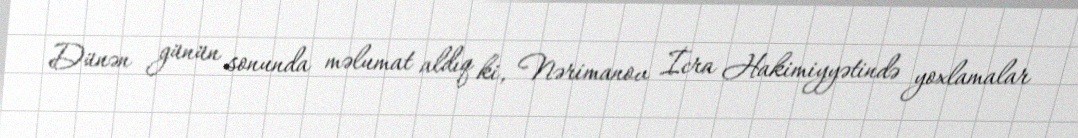
Dünən günün sonunda məlumat aldıq ki, Nərimanov İcra Hakimiyyətində yoxlamalar